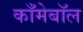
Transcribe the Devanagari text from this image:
काँमेबॉल